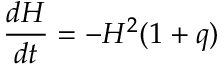
{ \frac { d H } { d t } } = - H ^ { 2 } ( 1 + q )